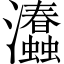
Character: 𤅧